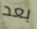
بعد